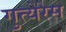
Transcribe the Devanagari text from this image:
गुत्येरेस